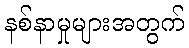
နစ်နာမှုများအတွက်